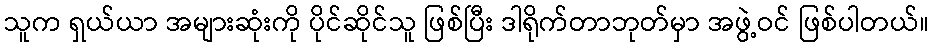
သူက ရှယ်ယာ အများဆုံးကို ပိုင်ဆိုင်သူ ဖြစ်ပြီး ဒါရိုက်တာဘုတ်မှာ အဖွဲ့ဝင် ဖြစ်ပါတယ်။